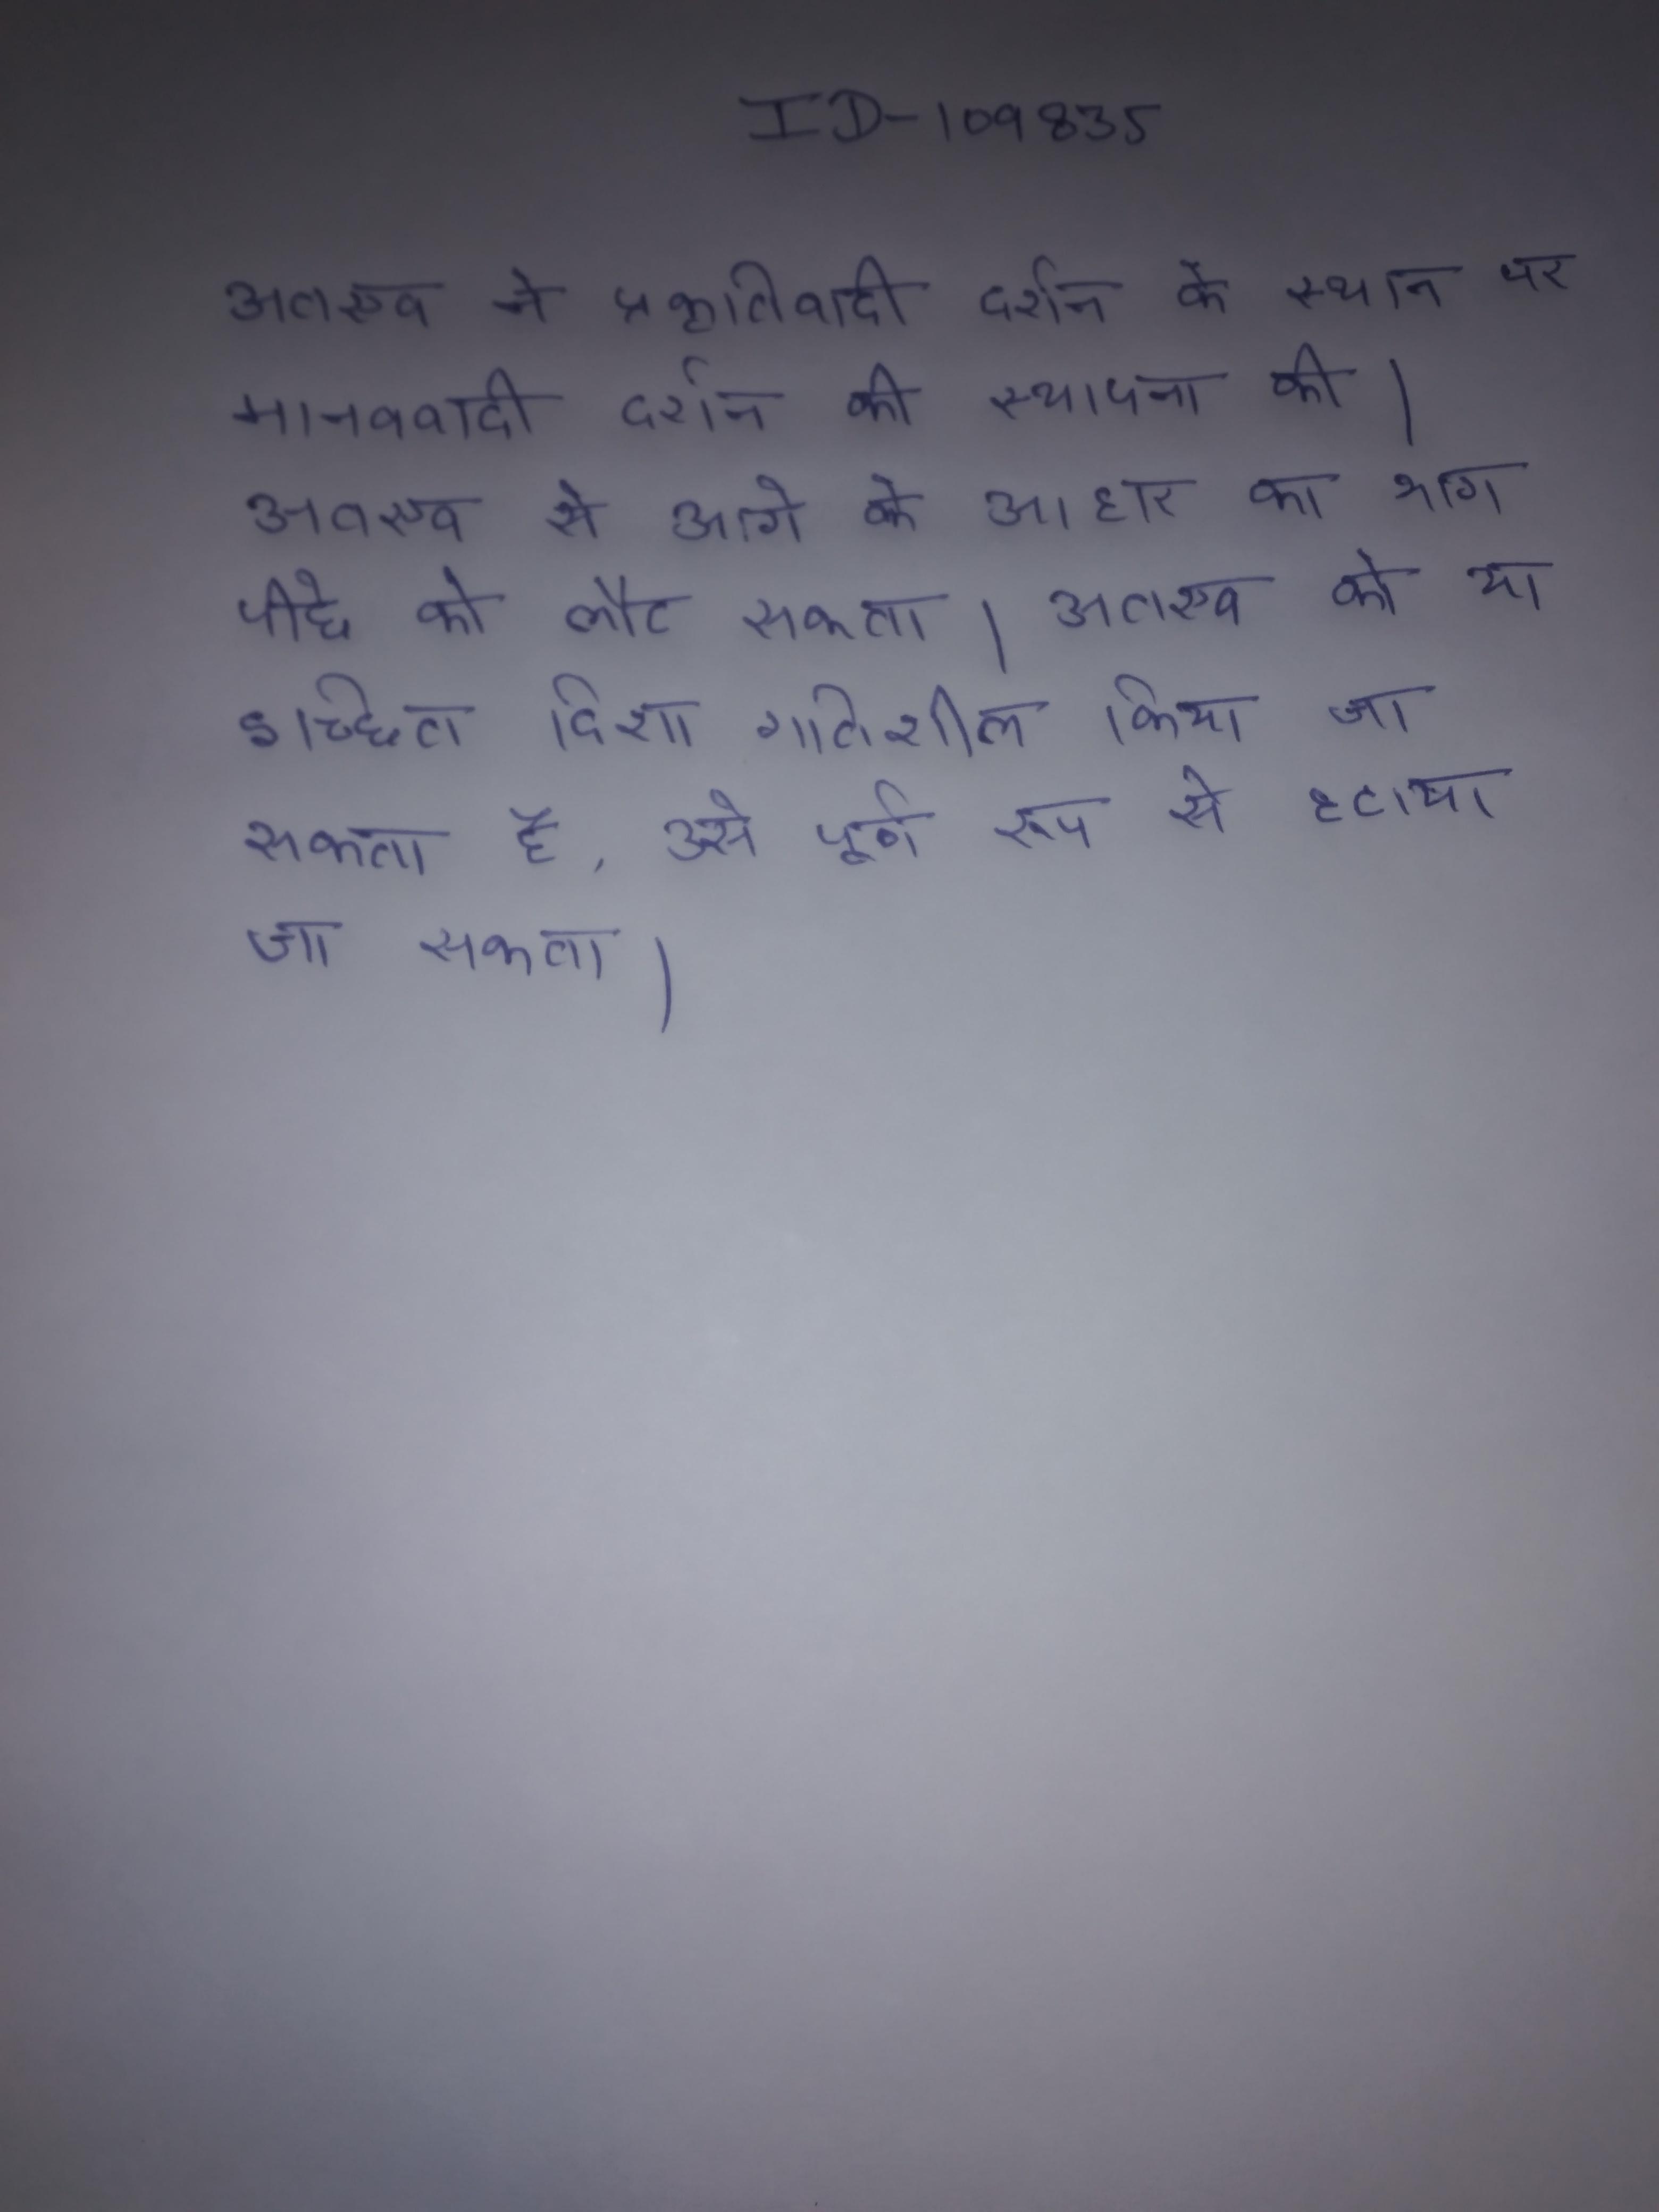
अतएव ने प्रकृतिवादी दर्शन के स्थान पर मानववादी दर्शन की स्थापना की । अतएव से आगे के आहार का भाग पीछे को लौट सकता । अतएव को या इच्छित दिशा गतिशील किया जा सकता है, उसे पूर्ण रूप से हटाया जा सकता ।